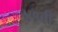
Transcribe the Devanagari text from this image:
४१वीं